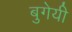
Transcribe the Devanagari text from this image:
बुगेयी